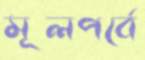
মূলপর্বে